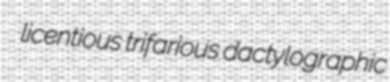
licentious trifarious dactylographic